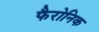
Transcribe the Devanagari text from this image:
फैरोनिक